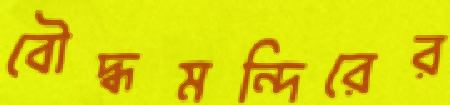
বৌদ্ধমন্দিরের